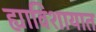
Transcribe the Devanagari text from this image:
ह्याविशायात